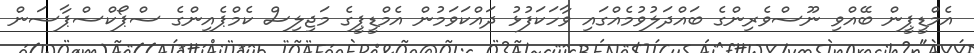
އެމްޑީޕީން ބޭއްވި ނޫސްވެރިންގެ ބައްދަލުވުމެއްގައި ވާހަކަފުޅު ދައްކަވަމުން އެމްޑީޕީގެ މަޖިލިސް ކެމްޕެއިންގެ ސްޕޯކްސްޕާސަން